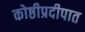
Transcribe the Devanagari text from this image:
कोष्ठीप्रदीपात